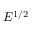
E ^ { 1 / 2 }